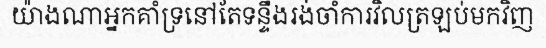
យ៉ាងណាអ្នកគាំទ្រនៅតែទន្ទឹងរង់ចាំការវិលត្រឡប់មកវិញ